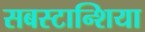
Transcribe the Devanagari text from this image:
सबस्टान्शिया